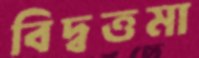
বিদ্বত্তমা